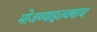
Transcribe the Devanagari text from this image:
मोजण्याइतक्याच